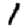
Digit: 1